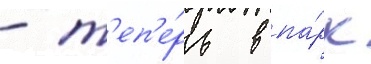
- т'еп'е́рь в па́рк